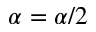
\alpha = \alpha / 2